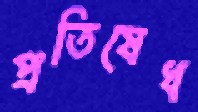
প্রতিষেধ